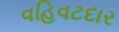
વહિવટદાર